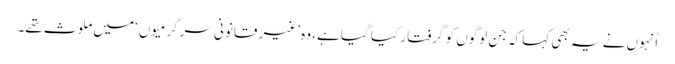
اُنہوں نے یہ بھی کہا کہ جن لوگوں کو گرفتار کیا گیا ہے، وہ ’غیر قانونی سرگرمیوں‘ میں ملوث تھے۔